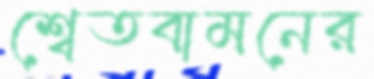
শ্বেতবামনের